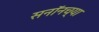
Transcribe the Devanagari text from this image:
सनॉनच्या